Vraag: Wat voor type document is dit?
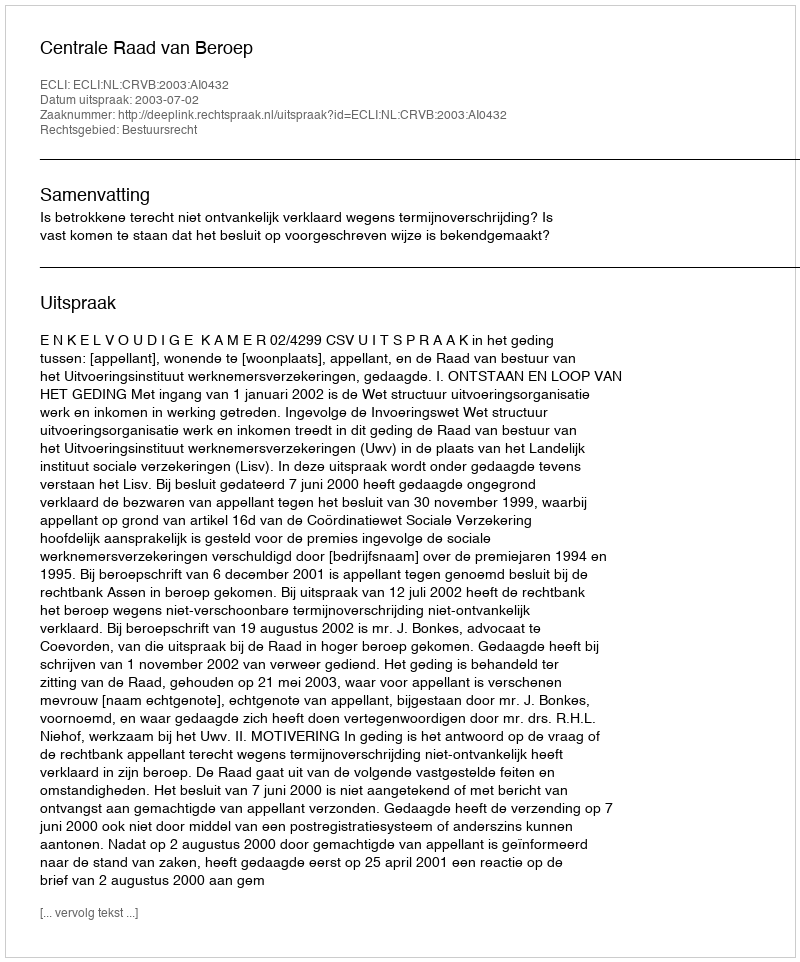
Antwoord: Uitspraak